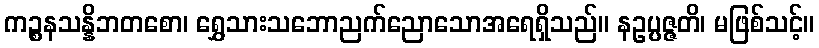
ကဉ္စနသန္နိဘတစော၊ ရွှေသားသဘောညက်ညောသောအရေရှိသည်။ နဥပ္ပဇ္ဇတိ၊ မဖြစ်သင့်။